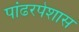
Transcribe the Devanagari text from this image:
पांढरपेशास